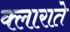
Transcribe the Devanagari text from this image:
क्लाराते